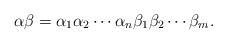
LaTeX: \begin{align*}\alpha\beta = \alpha_1\alpha_2\cdots\alpha_n\beta_1\beta_2\cdots\beta_m.\end{align*}